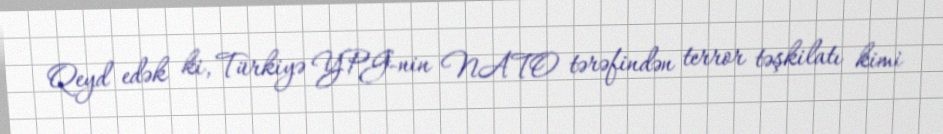
Qeyd edək ki, Türkiyə YPG-nin NATO tərəfindən terror təşkilatı kimi